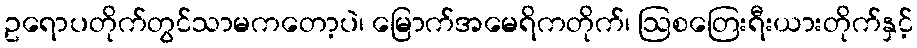
ဥရောပတိုက်တွင်သာမကတော့ပဲ၊ မြောက်အမေရိကတိုက်၊ ဩစတြေးရီးယားတိုက်နှင့်